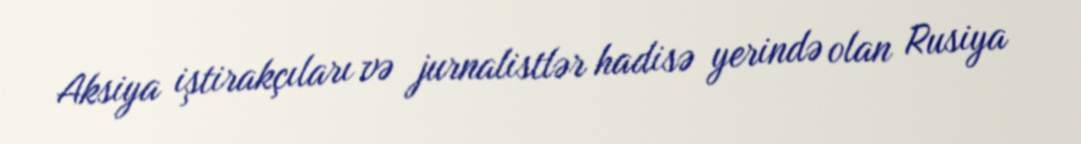
Aksiya iştirakçıları və jurnalistlər hadisə yerində olan Rusiya